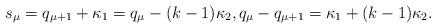
LaTeX: \begin{align*} s_\mu = q_{\mu+1} + \kappa_1 = q_\mu - (k-1) \kappa_2, q_{\mu} - q_{\mu+1} = \kappa_1 + (k-1) \kappa_2.\end{align*}